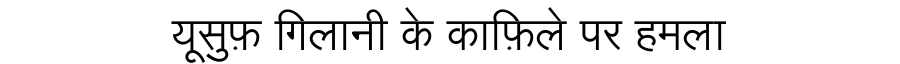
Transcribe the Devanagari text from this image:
यूसुफ़ गिलानी के काफ़िले पर हमला